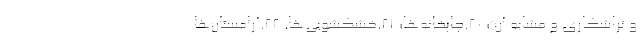
و تراشکاری و مشابه آن)؛ ۲۰.چاپخانه‌ها؛ ۲۱.خشکشویی‌ها. ۲۲.آرامستان‌ها